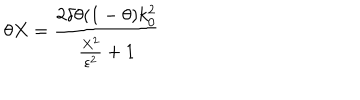
LaTeX: \theta X = \frac { 2 \delta \theta ( 1 - \theta ) k _ { 0 } ^ { 2 } } { \frac { X ^ { 2 } } { \varepsilon ^ { 2 } } + 1 }